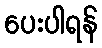
ပေးပါရန်